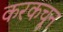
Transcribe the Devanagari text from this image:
करकचून